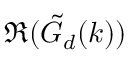
\Re ( \tilde { G } _ { d } ( k ) )